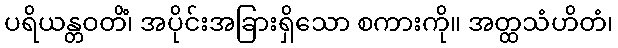
ပရိယန္တဝတိံ၊ အပိုင်းအခြားရှိသော စကားကို။ အတ္ထသံဟိတံ၊